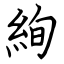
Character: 絢